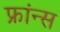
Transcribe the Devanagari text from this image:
फ्रांन्स